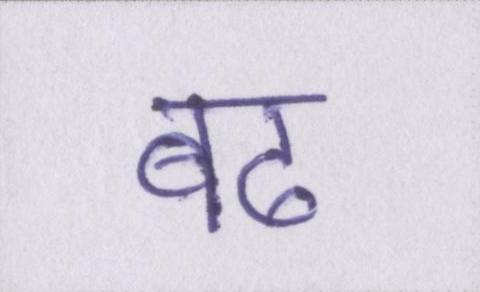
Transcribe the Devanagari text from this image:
बढ